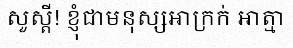
សួស្តី! ខ្ញុំជាមនុស្សអាក្រក់ អាត្មា